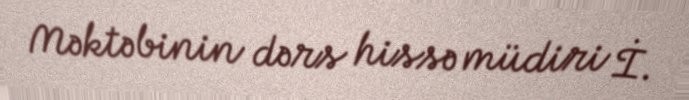
Məktəbinin dərs hissə müdiri İ.